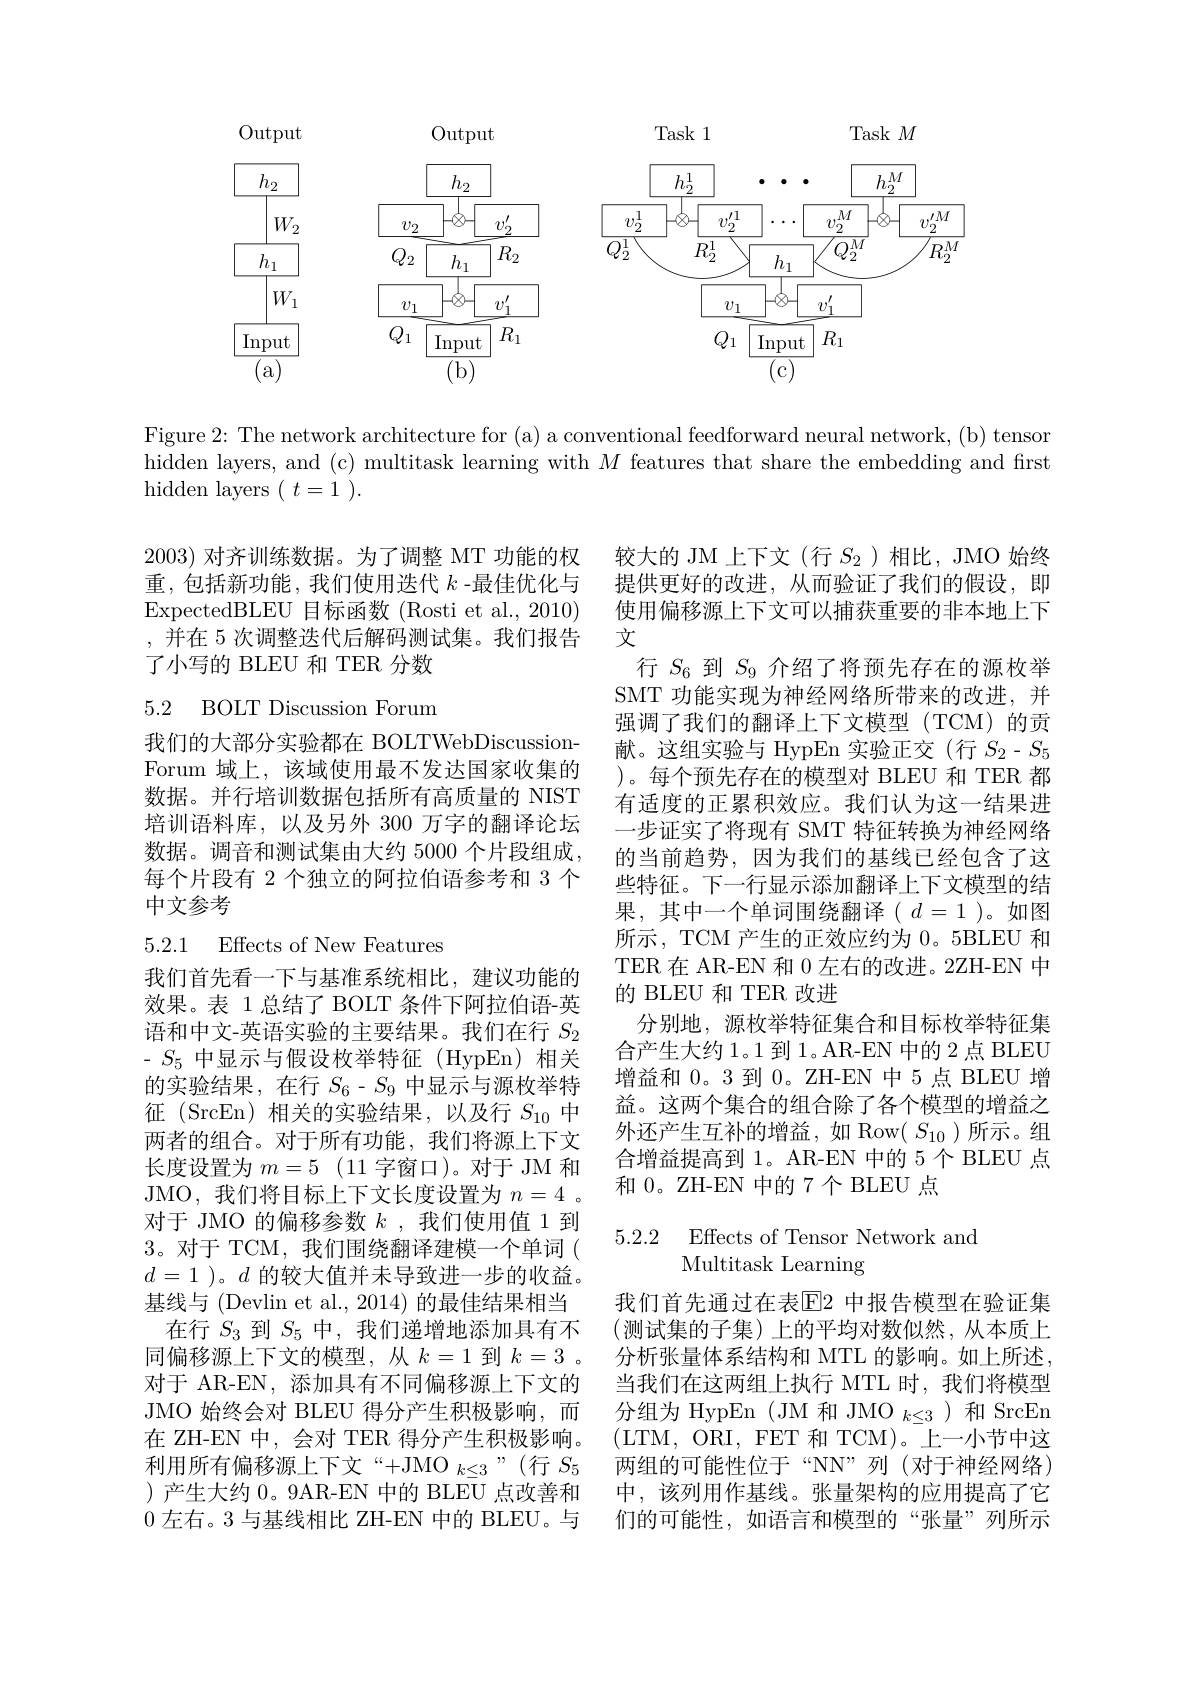
Output
$Task1$
Task$M$
Output
<FigureHere>

Figure 2: The network architecture for (a) a conventional feedforward neural network, (b) tensor hidden layers, and (c) multitask learning with $M$ features that share the embedding and first hidden layers $(t=1).$

2003)对齐训练数据。为了调整 MT 功能的权重，包括新功能，我们使用迭代$k$ -最佳优化与ExpectedBLEU 目标函数 (Rosti et al., 2010) ,并在 5 次调整迭代后解码测试集。我们报告了小写的 BLEU 和 TER 分数

## 5.2 BOLT Discussion Forum

我们的大部分实验都在 BOLTWebDiscussionForum 域上，该域使用最不发达国家收集的数据。并行培训数据包括所有高质量的 NIST 培训语料库，以及另外 300 万字的翻译论坛数据。调音和测试集由大约 5000 个片段组成， 每个片段有 2 个独立的阿拉伯语参考和 3 个中文参考

较大的 JM 上下文 (行$S_2$ )相比，JMO 始终提供更好的改进，从而验证了我们的假设，即使用偏移源上下文可以捕获重要的非本地上下文
行$S_{6}$到$S_{9}$介绍了将预先存在的源枚举SMT 功能实现为神经网络所带来的改进，并强调了我们的翻译上下文模型(TCM)的贡献。这组实验与 HypEn 实验正交(行$S_2-S_5$ )。每个预先存在的模型对 BLEU 和 TER 都有适度的正累积效应。我们认为这一结果进一步证实了将现有 SMT 特征转换为神经网络的当前趋势，因为我们的基线已经包含了这些特征。下一行显示添加翻译上下文模型的结果，其中一个单词围绕翻译( $d=1$ )。如图所示，TCM 产生的正效应约为0。5BLEU 和TER 在 AR-EN 和 0 左右的改进。2ZH-EN 中的 BLEU 和 TER 改进
分别地，源枚举特征集合和目标枚举特征集合产生大约1。1到1。AR-EN 中的 2 点 BLEU 增益和0。3 到0。ZH-EN 中 5 点 BLEU 增益。这两个集合的组合除了各个模型的增益之外还产生互补的增益，如 Row( $S_{10}$)所示。组合增益提高到 1。AR-EN 中的 5 个 BLEU 点和 0。ZH-EN 中的 7 个 BLEU 点

## 5.2.1 Effects of New Features

5.2.2 Effects of Tensor Network and
Multitask Learning

我们首先看一下与基准系统相比，建议功能的效果。表 1 总结了 BOLT 条件下阿拉伯语-英语和中文-英语实验的主要结果。我们在行$S_{2}$ $-S_{5}$中显示与假设枚举特征(HypEn)相关的实验结果，在行$S_6-S_9$中显示与源枚举特征 (SrcEn)相关的实验结果，以及行$S_{10}$中两者的组合。对于所有功能，我们将源上下文长度设置为$m= 5$ (11字窗口)。对于 JM 和JMO, 我们将目标上下文长度设置为$n=4$ 。对于 JMO 的偏移参数$k$ ,我们使用值 1 到3。对于 TCM,我们围绕翻译建模一个单词( $d=1$ )。$d$的较大值并未导致进一步的收益。基线与 (Devlin et al., 2014) 的最佳结果相当
在行$S_{3}$到$S_5$中，我们递增地添加具有不同偏移源上下文的模型，从$k=1$到$k=3$ 。对于 AR-EN, 添加具有不同偏移源上下文的JMO 始终会对 BLEU 得分产生积极影响，而在 ZH-EN 中，会对 TER 得分产生积极影响。利用所有偏移源上下文“+JMO $_k\leq3$”(行$S_5$ )产生大约 0。9AR-EN 中的 BLEU 点改善和0 左右。3 与基线相比 ZH-EN 中的 BLEU。与

我们首先通过在表$\overline{\mathrm{E}}$2 中报告模型在验证集(测试集的子集)上的平均对数似然，从本质上分析张量体系结构和 MTL 的影响。如上所述， 当我们在这两组上执行 MTL 时，我们将模型分组为 HypEn (JM 和 JMO $_k\leq3$)和 SrcEn (LTM, ORI, FET 和 TCM)。上一小节中这两组的可能性位于“NN”列(对于神经网络) 中，该列用作基线。张量架构的应用提高了它们的可能性，如语言和模型的“张量”列所示